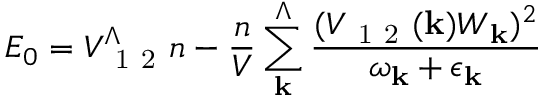
E _ { 0 } = V _ { \mathrm { ~ 1 ~ 2 ~ } } ^ { \Lambda } n - \frac { n } { V } \sum _ { \mathbf { k } } ^ { \Lambda } \frac { ( V _ { \mathrm { ~ 1 ~ 2 ~ } } ( \mathbf { k } ) W _ { \mathbf { k } } ) ^ { 2 } } { \omega _ { \mathbf { k } } + \epsilon _ { \mathbf { k } } }